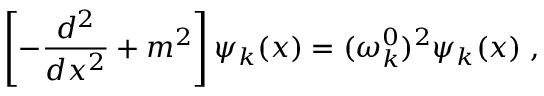
\left[ - \frac { d ^ { 2 } } { d x ^ { 2 } } + m ^ { 2 } \right] \psi _ { k } ( x ) = ( \omega _ { k } ^ { 0 } ) ^ { 2 } \psi _ { k } ( x ) \; ,